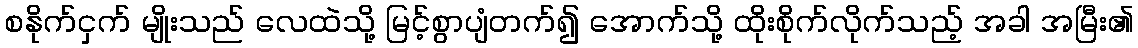
စနိုက်ငှက် မျိုးသည် လေထဲသို့ မြင့်စွာပျံတက်၍ အောက်သို့ ထိုးစိုက်လိုက်သည့် အခါ အမြီး၏